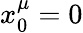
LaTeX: x_{0}^{\mu}=0